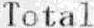
TOTAL